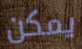
يمكن